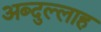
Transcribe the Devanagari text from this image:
अब्‍दुल्‍लाह